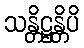
သန္တိဋ္ဌန္တိပိ